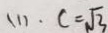
( 1 ) . c = \sqrt { 3 }